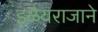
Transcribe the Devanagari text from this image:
इळैयराजाने